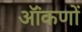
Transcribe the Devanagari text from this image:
ऑंकणों